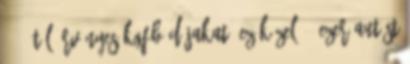
2017-tõl érvényes KGFB díjakat, ez közel 90 ezer autóst